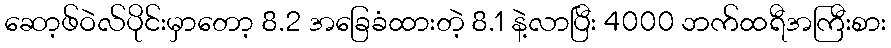
ဆော့ဖ်ဝဲလ်ပိုင်းမှာတော့ 8.2 အခြေခံထားတဲ့ 8.1 နဲ့လာပြီး 4000 ဘက်ထရီအကြီးစား